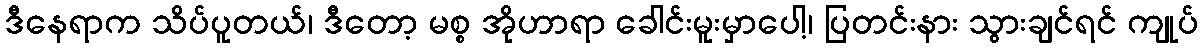
ဒီနေရာက သိပ်ပူတယ်၊ ဒီတော့ မစ္စ အိုဟာရာ ခေါင်းမူးမှာပေါ့၊ ပြတင်းနား သွားချင်ရင် ကျုပ်